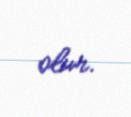
olur.